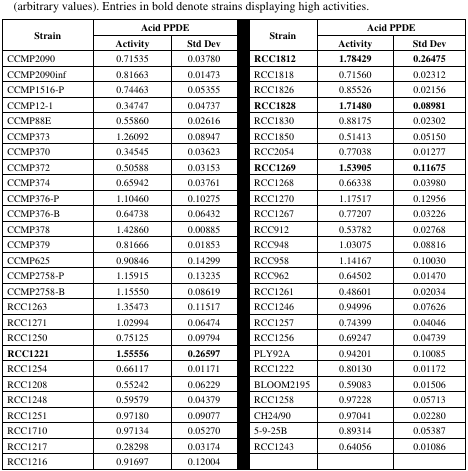
<table><thead><tr><td rowspan="2"><b>Strain</b></td><td colspan="2"><b>Acid PPDE</b></td><td rowspan="2"><b>Strain</b></td><td colspan="2"><b>Acid PPDE</b></td></tr><tr><td><b>Activity</b></td><td><b>Std Dev</b></td><td><b>Activity</b></td><td><b>Std Dev</b></td></tr></thead><tbody><tr><td>CCMP2090</td><td>0.71535</td><td>0.03780</td><td><b>RCC1812</b></td><td><b>1.78429</b></td><td><b>0.26475</b></td></tr><tr><td>CCMP2090inf</td><td>0.81663</td><td>0.01473</td><td>RCC1818</td><td>0.71560</td><td>0.02312</td></tr><tr><td>CCMP1516-P</td><td>0.74463</td><td>0.05355</td><td>RCC1826</td><td>0.85526</td><td>0.02156</td></tr><tr><td>CCMP12-1</td><td>0.34747</td><td>0.04737</td><td><b>RCC1828</b></td><td><b>1.71480</b></td><td><b>0.08981</b></td></tr><tr><td>CCMP88E</td><td>0.55860</td><td>0.02616</td><td>RCC1830</td><td>0.88175</td><td>0.02302</td></tr><tr><td>CCMP373</td><td>1.26092</td><td>0.08947</td><td>RCC1850</td><td>0.51413</td><td>0.05150</td></tr><tr><td>CCMP370</td><td>0.34545</td><td>0.03623</td><td>RCC2054</td><td>0.77038</td><td>0.01277</td></tr><tr><td>CCMP372</td><td>0.50588</td><td>0.03153</td><td><b>RCC1269</b></td><td><b>1.53905</b></td><td><b>0.11675</b></td></tr><tr><td>CCMP374</td><td>0.65942</td><td>0.03761</td><td>RCC1268</td><td>0.66338</td><td>0.03980</td></tr><tr><td>CCMP376-P</td><td>1.10460</td><td>0.10275</td><td>RCC1270</td><td>1.17517</td><td>0.12956</td></tr><tr><td>CCMP376-B</td><td>0.64738</td><td>0.06432</td><td>RCC1267</td><td>0.77207</td><td>0.03226</td></tr><tr><td>CCMP378</td><td>1.42860</td><td>0.00885</td><td>RCC912</td><td>0.53782</td><td>0.02768</td></tr><tr><td>CCMP379</td><td>0.81666</td><td>0.01853</td><td>RCC948</td><td>1.03075</td><td>0.08816</td></tr><tr><td>CCMP625</td><td>0.90846</td><td>0.14299</td><td>RCC958</td><td>1.14167</td><td>0.10030</td></tr><tr><td>CCMP2758-P</td><td>1.15915</td><td>0.13235</td><td>RCC962</td><td>0.64502</td><td>0.01470</td></tr><tr><td>CCMP2758-B</td><td>1.15550</td><td>0.08619</td><td>RCC1261</td><td>0.48601</td><td>0.02034</td></tr><tr><td>RCC1263</td><td>1.35473</td><td>0.11517</td><td>RCC1246</td><td>0.94996</td><td>0.07626</td></tr><tr><td>RCC1271</td><td>1.02994</td><td>0.06474</td><td>RCC1257</td><td>0.74399</td><td>0.04046</td></tr><tr><td>RCC1250</td><td>0.75125</td><td>0.09794</td><td>RCC1256</td><td>0.69247</td><td>0.04739</td></tr><tr><td><b>RCC1221</b></td><td><b>1.55556</b></td><td><b>0.26597</b></td><td>PLY92A</td><td>0.94201</td><td>0.10085</td></tr><tr><td>RCC1254</td><td>0.66117</td><td>0.01171</td><td>RCC1222</td><td>0.80130</td><td>0.01172</td></tr><tr><td>RCC1208</td><td>0.55242</td><td>0.06229</td><td>BLOOM2195</td><td>0.59083</td><td>0.01506</td></tr><tr><td>RCC1248</td><td>0.59579</td><td>0.04379</td><td>RCC1258</td><td>0.97228</td><td>0.05713</td></tr><tr><td>RCC1251</td><td>0.97180</td><td>0.09077</td><td>CH24/90</td><td>0.97041</td><td>0.02280</td></tr><tr><td>RCC1710</td><td>0.97134</td><td>0.05270</td><td>5-9-25B</td><td>0.89314</td><td>0.05387</td></tr><tr><td>RCC1217</td><td>0.28298</td><td>0.03174</td><td>RCC1243</td><td>0.64056</td><td>0.01086</td></tr><tr><td>RCC1216</td><td>0.91697</td><td>0.12004</td><td></td><td></td><td></td></tr></tbody></table>